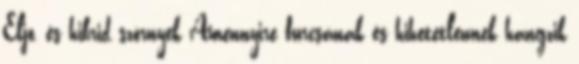
Eljó, és hibrid szörnyek Amennyire furcsának és hihetetlennek hangzik